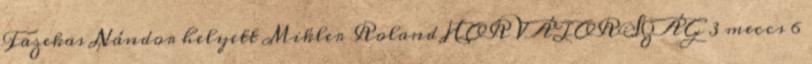
Fazekas Nándor helyett Mikler Roland HORVÁTORSZÁG 3 meccs 6